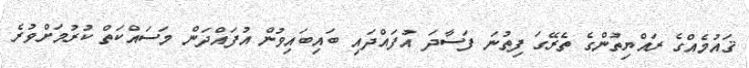
ޤައުމެއްގެ ރައްޔިތުންގެ ތެރޭގަ ފިތުނަ ފަސާދަ އުފައްދައި ބައިބައިވުން އުފައްދަން މަސައްކަތް ކުރުމަށްވުރެ